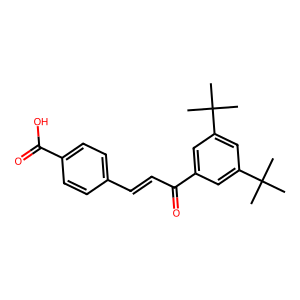
SMILES: CC(C)(C)c1cc(C(=O)C=Cc2ccc(C(=O)O)cc2)cc(C(C)(C)C)c1
Inhibits HIV replication: Yes